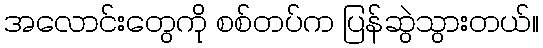
အလောင်းတွေကို စစ်တပ်က ပြန်ဆွဲသွားတယ်။